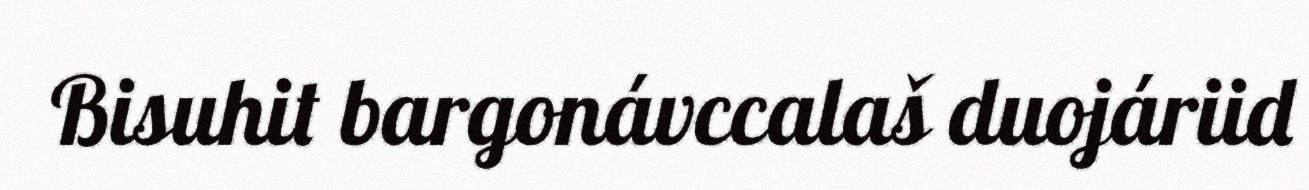
Bisuhit bargonávccalaš duojáriid